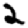
Digit: 2